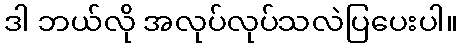
ဒါ ဘယ်လို အလုပ်လုပ်သလဲပြပေးပါ။